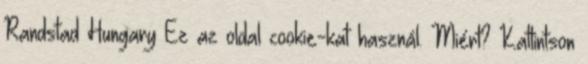
Randstad Hungary Ez az oldal cookie-kat használ. Miért? Kattintson